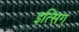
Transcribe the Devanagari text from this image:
इत्सिग्